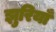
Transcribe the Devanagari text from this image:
झुरियाँ